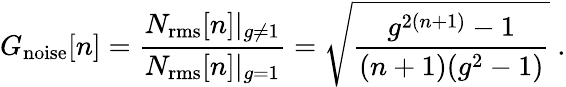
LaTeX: G_{\mathrm{noise}}[n]=\frac{N_{\mathrm{rms}}[n]|_{g\neq 1}}{N_{\mathrm{rms}}[n]|_{g=1}}=\sqrt{\frac{g^{2(n+1)}-1}{(n+1)(g^{2}-1)}}\; .